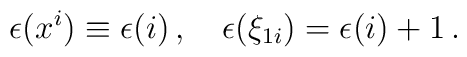
\epsilon(x^i)\equiv\epsilon(i)\,,\quad\epsilon(\xi_{1i})=\epsilon(i)+1\,.